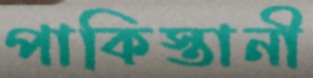
পাকিস্তানী